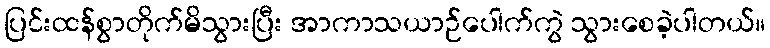
ပြင်းထန်စွာတိုက်မိသွားပြီး အာကာသယာဉ်ပေါက်ကွဲ သွားစေခဲ့ပါတယ်။